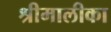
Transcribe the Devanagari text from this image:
श्रीमालीका